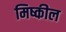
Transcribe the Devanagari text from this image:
मिष्कील